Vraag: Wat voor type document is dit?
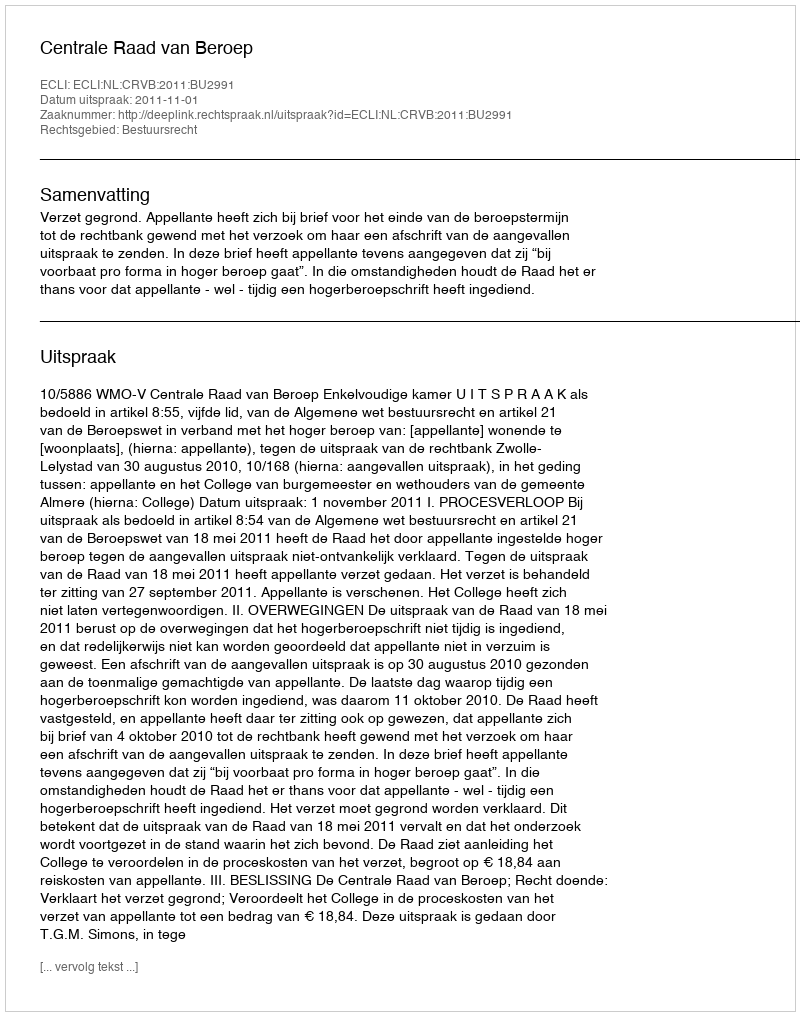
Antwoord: Uitspraak